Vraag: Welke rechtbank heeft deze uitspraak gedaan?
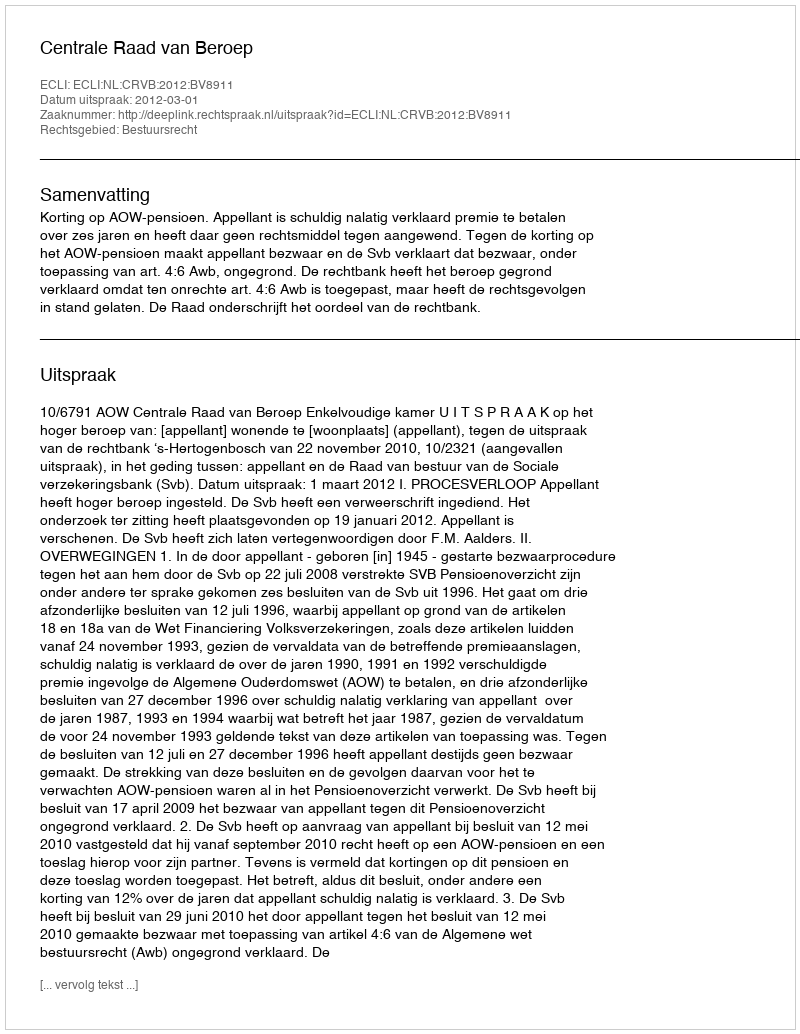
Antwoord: Centrale Raad van Beroep